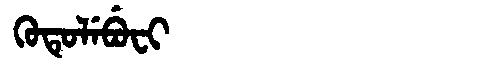
Manchu: ᡴᡠᡨᡠᠯᡝᠪᡠᠸᡳ
Romanization: KUTULEBUFI